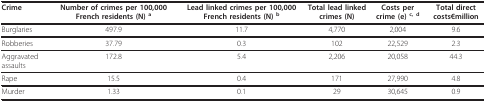
<table><thead><tr><td><b>Crime</b></td><td><b>Number of crimes per 100,000 French residents (N) <sup>a</sup></b></td><td><b>Lead linked crimes per 100,000 French residents (N) <sup>b</sup></b></td><td><b>Total lead linked crimes (N)</b></td><td><b>Costs per crime (e) <sup>c, d</sup></b></td><td><b>Total direct costs€million</b></td></tr></thead><tbody><tr><td>Burglaries</td><td>497.9</td><td>11.7</td><td>4,770</td><td>2,004</td><td>9.6</td></tr><tr><td>Robberies</td><td>37.79</td><td>0.3</td><td>102</td><td>22,529</td><td>2.3</td></tr><tr><td>Aggravated assaults</td><td>172.8</td><td>5.4</td><td>2,206</td><td>20,058</td><td>44.3</td></tr><tr><td>Rape</td><td>15.5</td><td>0.4</td><td>171</td><td>27,990</td><td>4.8</td></tr><tr><td>Murder</td><td>1.33</td><td>0.1</td><td>29</td><td>30,645</td><td>0.9</td></tr></tbody></table>